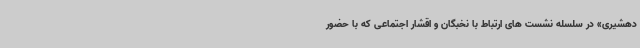
دهشیری» در سلسله نشست های ارتباط با نخبگان و اقشار اجتماعی که با حضور